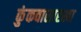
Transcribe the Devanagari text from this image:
कुंकवासारखा